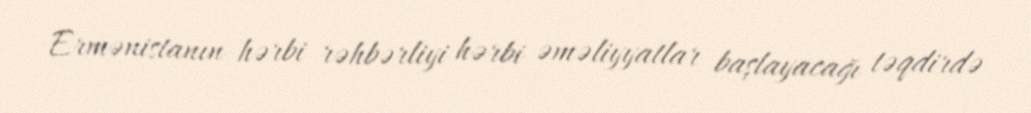
Ermənistanın hərbi rəhbərliyi hərbi əməliyyatlar başlayacağı təqdirdə